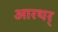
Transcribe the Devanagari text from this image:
आरथर्